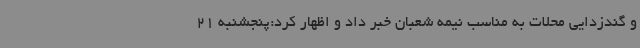
و گندزدایی محلات به مناسب نیمه شعبان خبر داد و اظهار کرد:پنجشنبه 21